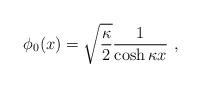
LaTeX: \begin{align*}\phi_{0}(x) = \sqrt{\frac{\kappa}{2}} \frac{1}{\cosh \kappa x} \ ,\end{align*}